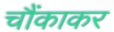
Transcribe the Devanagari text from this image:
चौंकाकर